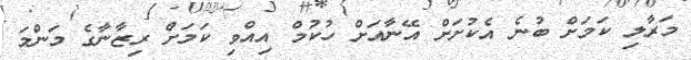
މަރާލި ކަމަށް ބުނެ އެކުށަށް އޭނާއަށް ހުކުމް އިއްވި ކަމަށް ރިޒާނާގެ މަންމަ